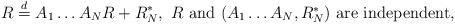
LaTeX: \begin{align*}R\stackrel{d}{=}A_1\ldots A_N R+R_N^\ast,\mbox{ $R$ and $(A_1\ldots A_N,R_N^\ast)$ are independent},\end{align*}